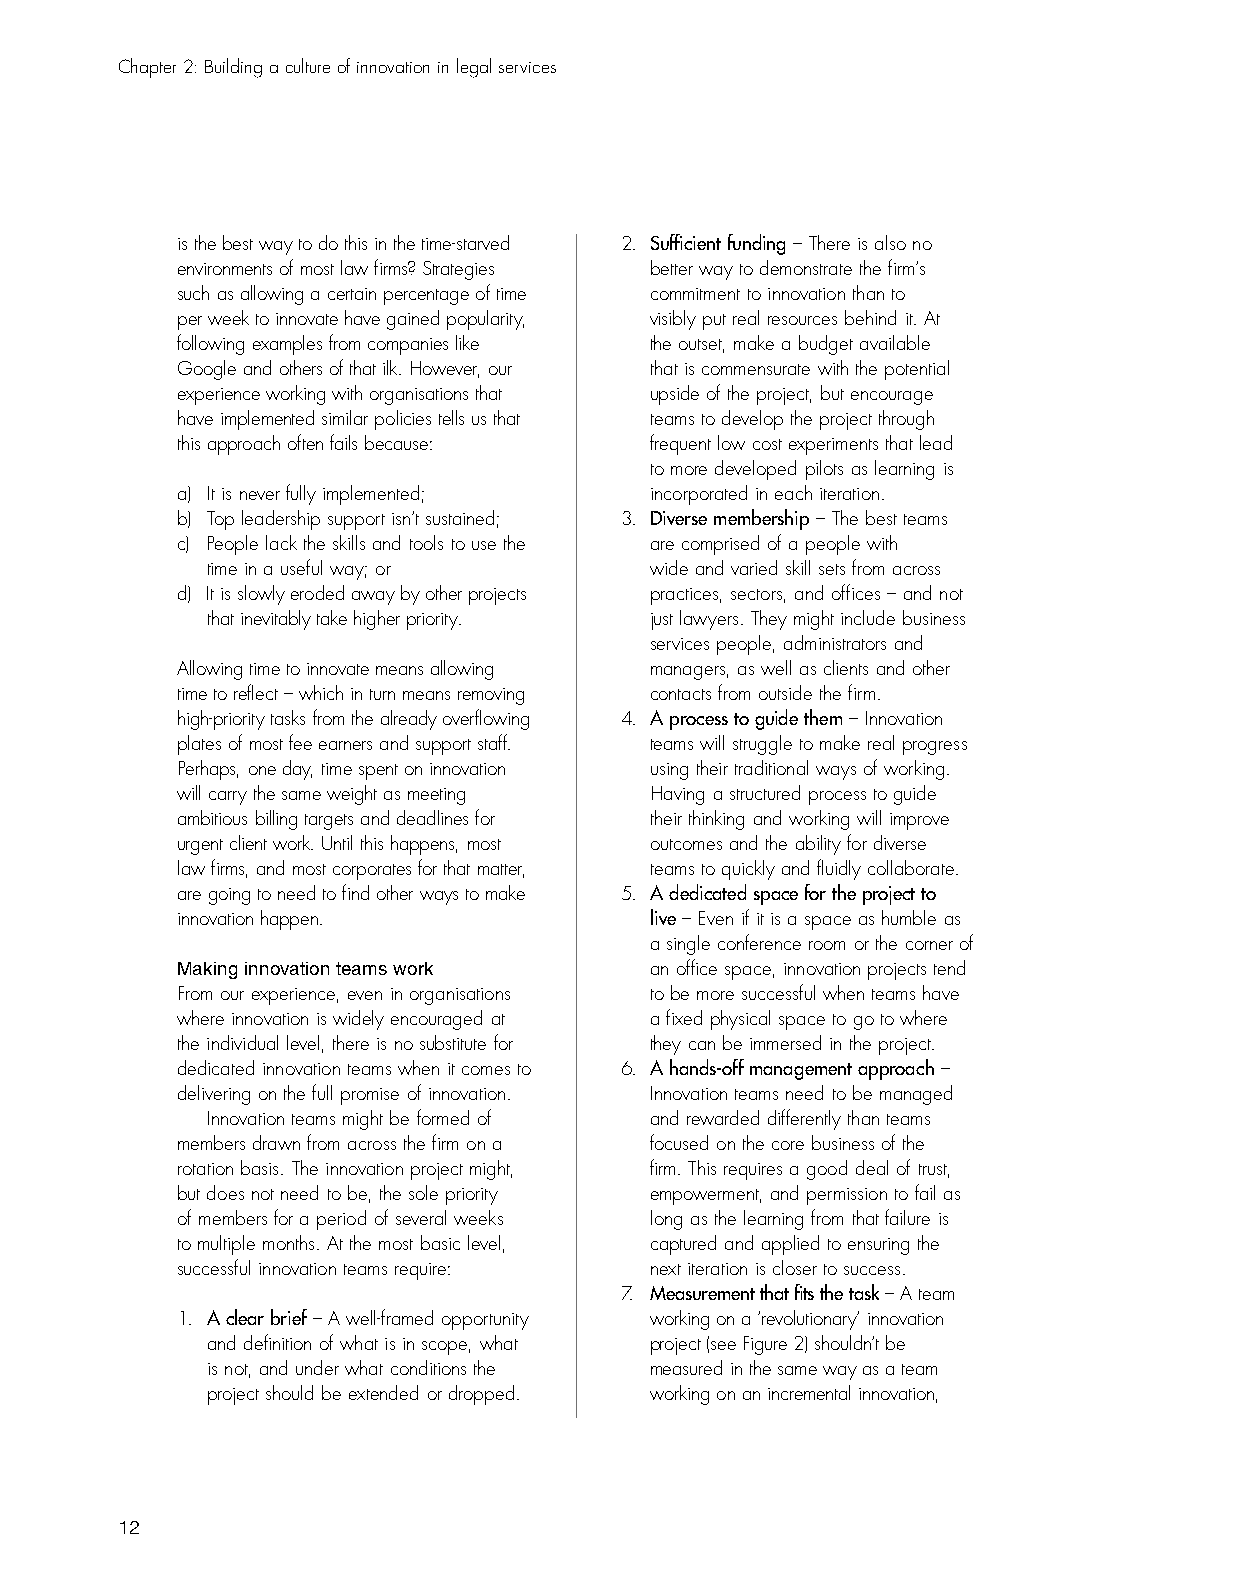
Chapter 2: Building a culture of innovation in legal services
 is the best way to do this in the time-starved 2. Sufficient funding – There is also no
 environments of most law firms? Strategies better way to demonstrate the firm’s
 such as allowing a certain percentage of time commitment to innovation than to
 per week to innovate have gained popularity, visibly put real resources behind it. At
 following examples from companies like the outset, make a budget available
 Google and others of that ilk. However, our that is commensurate with the potential
 experience working with organisations that upside of the project, but encourage
 have implemented similar policies tells us that teams to develop the project through
 this approach often fails because: frequent low cost experiments that lead
 to more developed pilots as learning is
 a) It is never fully implemented; incorporated in each iteration.
 b) Top leadership support isn’t sustained; 3. Diverse membership – The best teams
 c) People lack the skills and tools to use the are comprised of a people with
 time in a useful way; or     wide and varied skill sets from across
 d) It is slowly eroded away by other projects practices, sectors, and offices – and not
 that inevitably take higher priority. just lawyers. They might include business
 services people, administrators and
 Allowing time to innovate means allowing managers, as well as clients and other
 time to reflect – which in turn means removing contacts from outside the firm.
 high-priority tasks from the already overflowing 4. A process to guide them – Innovation
 plates of most fee earners and support staff. teams will struggle to make real progress
 Perhaps, one day, time spent on innovation using their traditional ways of working.
 will carry the same weight as meeting Having a structured process to guide
 ambitious billing targets and deadlines for their thinking and working will improve
 urgent client work. Until this happens, most outcomes and the ability for diverse
 law firms, and most corporates for that matter, teams to quickly and fluidly collaborate.
 are going to need to find other ways to make 5. A dedicated space for the project to
 innovation happen.             live – Even if it is a space as humble as
 a single conference room or the corner of
 Making innovation teams work   an office space, innovation projects tend
 From our experience, even in organisations to be more successful when teams have
 where innovation is widely encouraged at a fixed physical space to go to where
 the individual level, there is no substitute for they can be immersed in the project.
 dedicated innovation teams when it comes to 6. A hands-off management approach –
 delivering on the full promise of innovation. Innovation teams need to be managed
 Innovation teams might be formed of and rewarded differently than teams
 members drawn from across the firm on a focused on the core business of the
 rotation basis. The innovation project might, firm. This requires a good deal of trust,
 but does not need to be, the sole priority empowerment, and permission to fail as
 of members for a period of several weeks long as the learning from that failure is
 to multiple months. At the most basic level, captured and applied to ensuring the
 successful innovation teams require: next iteration is closer to success.
 7. Measurement that fits the task – A team
 1. A clear brief – A well-framed opportunity working on a ‘revolutionary’ innovation
 and definition of what is in scope, what project (see Figure 2) shouldn’t be
 is not, and under what conditions the measured in the same way as a team
 project should be extended or dropped. working on an incremental innovation,
 12